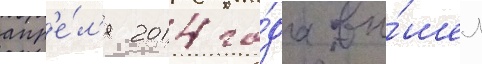
апр'е́л'я 2014 го́да вы́шел